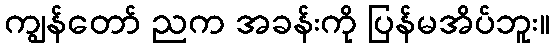
ကျွန်တော် ညက အခန်းကို ပြန်မအိပ်ဘူး။